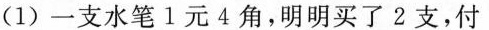
(1)一支水笔1元4角，明明买了2支，付